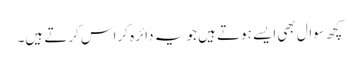
کچھ سوال بھی ایسے ہوتے ہیں جو یہ دائرہ کراس کرتے ہیں۔